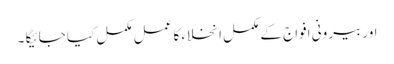
اور بیرونی افواج کے مکمل انخلاء کا عمل مکمل کیا جائیگا ۔